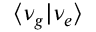
\langle \nu _ { g } | \nu _ { e } \rangle